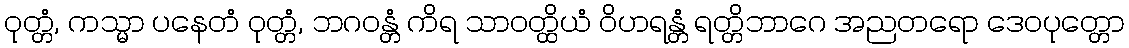
ဝုတ္တံ, ကသ္မာ ပနေတံ ဝုတ္တံ, ဘဂဝန္တံ ကိရ သာဝတ္ထိယံ ဝိဟရန္တံ ရတ္တိဘာဂေ အညတရော ဒေဝပုတ္တော